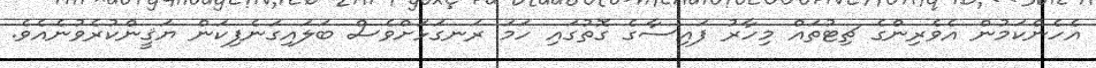
އެހެންކަމުން އެވެރިންގެ ޗިޓުތައް މިހާރު ފައިސާގެ ގޮތުގައި ހަމަ ރަނގަޅަށްވެސް ބަލައިގަނެފިކަން ޔަޤީންކުރެވުނެއެވެ.